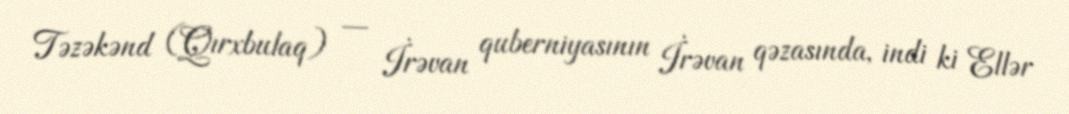
Təzəkənd (Qırxbulaq) — İrəvan quberniyasının İrəvan qəzasında, indi ki Ellər